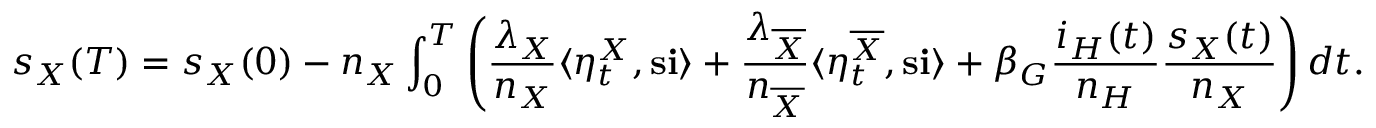
s _ { X } ( T ) = s _ { X } ( 0 ) - n _ { X } \int _ { 0 } ^ { T } \left( \frac { \lambda _ { X } } { n _ { X } } \langle \eta _ { t } ^ { X } , \mathbf { s } \mathbf { i } \rangle + \frac { \lambda _ { \overline { { X } } } } { n _ { \overline { { X } } } } \langle \eta _ { t } ^ { \overline { { X } } } , \mathbf { s } \mathbf { i } \rangle + \beta _ { G } \frac { i _ { H } ( t ) } { n _ { H } } \frac { s _ { X } ( t ) } { n _ { X } } \right) d t .